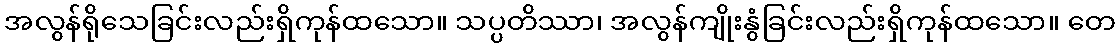
အလွန်ရိုသေခြင်းလည်းရှိကုန်ထသော။ သပ္ပတိဿာ၊ အလွန်ကျိုးနွံခြင်းလည်းရှိကုန်ထသော။ တေ